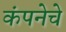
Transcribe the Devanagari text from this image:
कंपनेचे